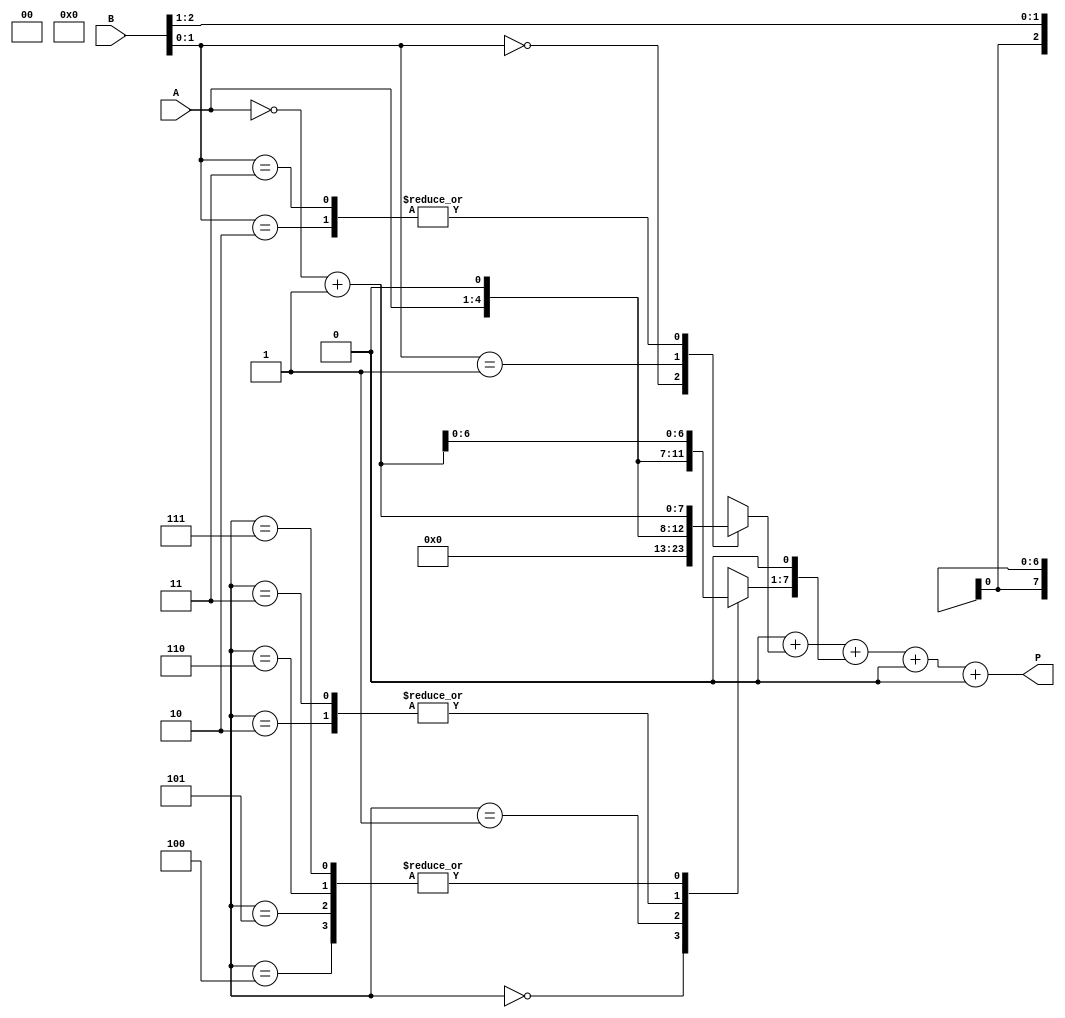
module modified_booth_multiplier #(parameter N = 4) (
    input  wire [N-1:0] A,      // Multiplicand
    input  wire [N-1:0] B,      // Multiplier
    output reg  [2*N-1:0] P     // Product
);

    reg [N-1:0] A_reg;
    reg [N-1:0] B_reg;
    reg [2*N-1:0] partial_products [0:N]; // Array to hold partial products
    reg [2*N-1:0] sum;
    integer i;

    // Booth encoding logic
    always @(*) begin
        A_reg = A;
        B_reg = {1'b0, B, 1'b0}; // Extend B with an extra bit for Booth's algorithm
        P = 0; // Initialize product

        // Generate partial products based on Booth encoding
        for (i = 0; i < N; i = i + 1) begin
            case (B_reg[i*2 +: 3]) // Take 3 bits at a time
                3'b000: partial_products[i] = 0;               // 0
                3'b001: partial_products[i] = A_reg;           // +A
                3'b010: partial_products[i] = A_reg << 1;      // +2A
                3'b011: partial_products[i] = A_reg << 1;      // +2A
                3'b100: partial_products[i] = ~A_reg + 1;      // -A
                3'b101: partial_products[i] = ~A_reg + 1;      // -A
                3'b110: partial_products[i] = ~A_reg + 1;      // -A
                3'b111: partial_products[i] = ~A_reg + 1;      // -A
                default: partial_products[i] = 0;
            endcase
        end

        // Align partial products and sum them
        for (i = 0; i < N; i = i + 1) begin
            P = P + (partial_products[i] << (i)); // Shift left according to position
        end
    end

endmodule